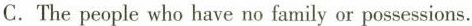
C. The people who have no family or possessions.